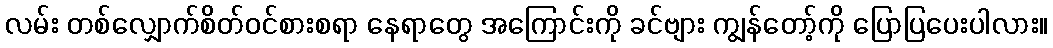
လမ်း တစ်လျှောက်စိတ်ဝင်စားစရာ နေရာတွေ အကြောင်းကို ခင်ဗျား ကျွန်တော့်ကို ပြောပြပေးပါလား။